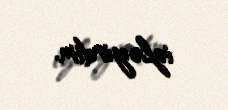
izləyirdim.